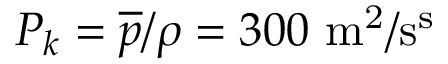
P _ { k } = \overline { { p } } / \rho = 3 0 0 ~ \mathrm { m ^ { 2 } / s ^ { s } }